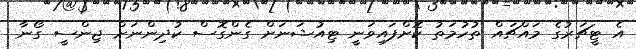
އެ ޓީޗަރުގެ މައްޗައް ތުހުމަތު ކޮށްފައިވަނީ ޓިއުޝަނަށް ގެންގޮސް ކުދިންނަށް ޖިންސީ ގޯނާ